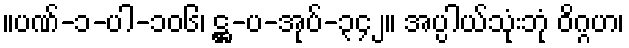
။ပဏ်-၁-ပါ-၁၀၆၊ ဋ္ဌ-ပ-အုပ်-၃၄၂။ အပ္ပါယ်သုံးဘုံ ဝိဂ္ဂဟ၊